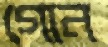
গোন